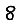
Digit: 8